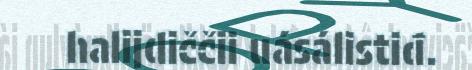
halijdiččii uásálistiđ.